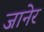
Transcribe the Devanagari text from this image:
जानेर